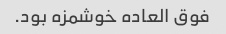
فوق العاده خوشمزه بود.